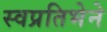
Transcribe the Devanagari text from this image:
स्वप्रतिभेने